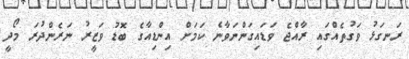
ރަނގަޅު ވަގުތެއްގައި ރާއްޖެ ވަޑައިގަންނަވާނެ ކަމަށް އިންޑިއާގެ ބޮޑު ވަޒީރު ނަރެންދުރަ މޯދީ